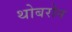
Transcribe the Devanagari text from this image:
थोबरोन